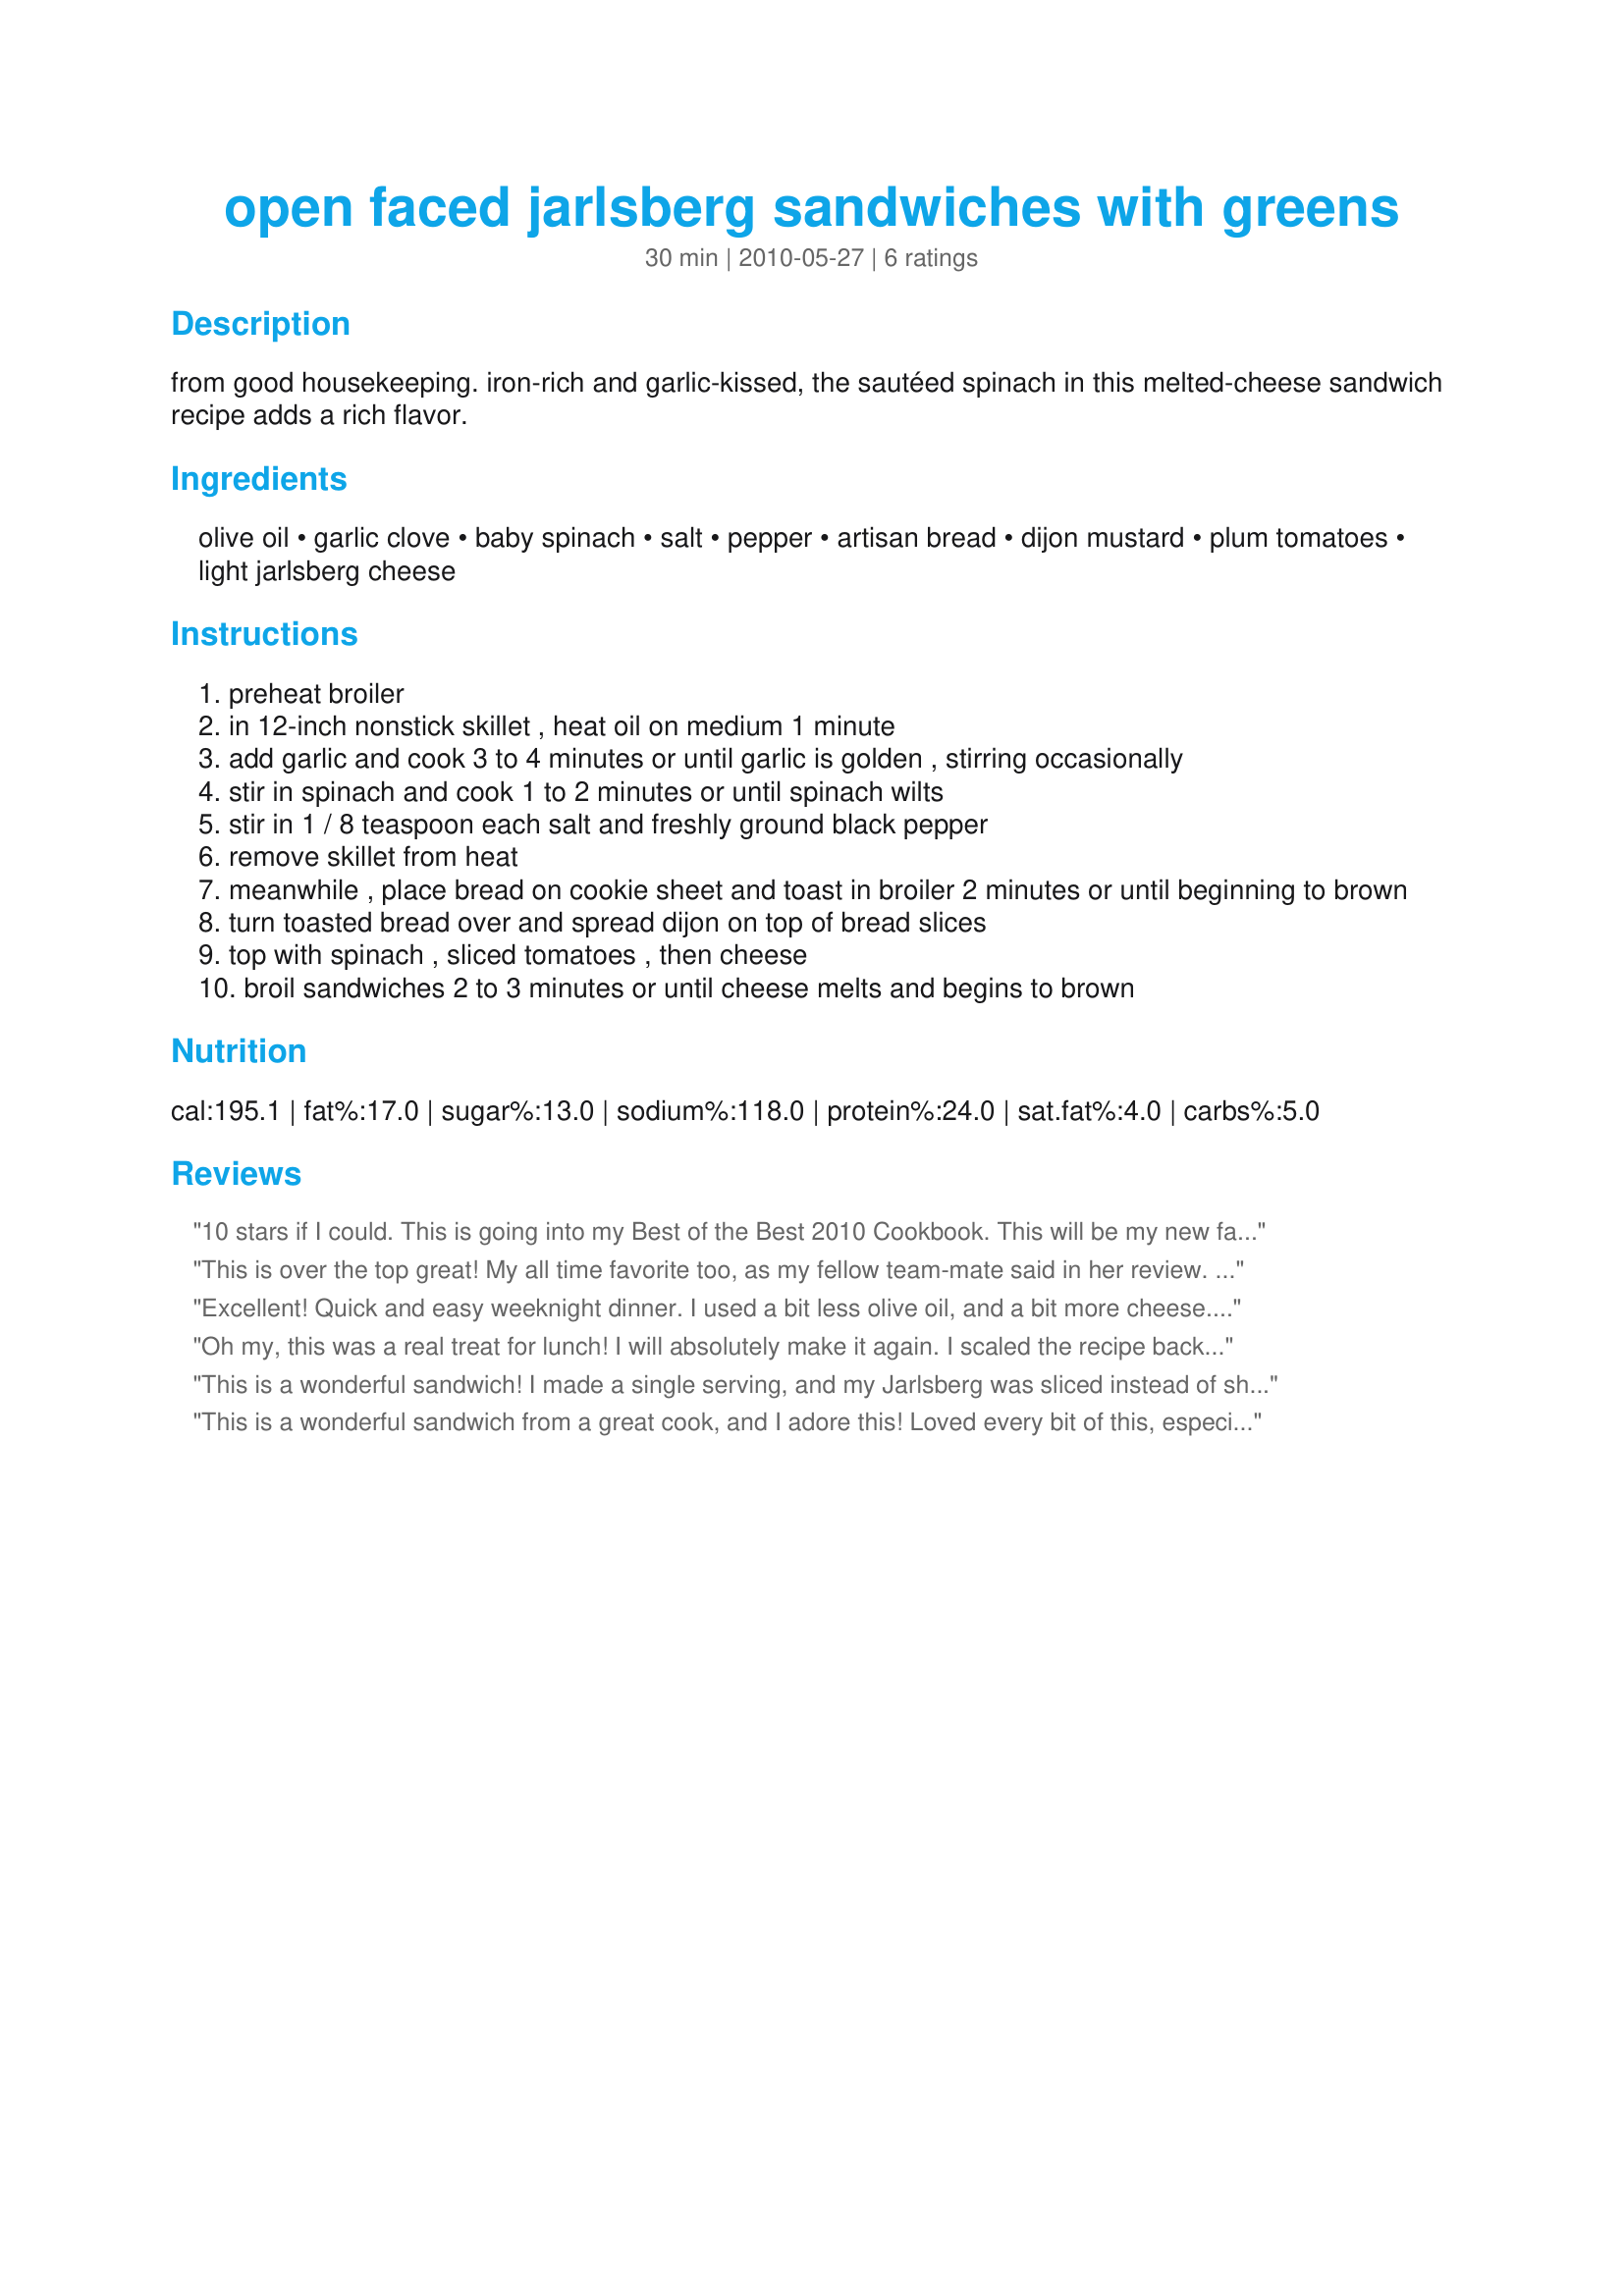
open faced jarlsberg sandwiches with greens
Preparation time: 30 minutes

from good housekeeping. iron-rich and garlic-kissed, the sautéed spinach in this melted-cheese sandwich recipe adds a rich flavor.

Ingredients:
olive oil, garlic clove, baby spinach, salt, pepper, artisan bread, dijon mustard, plum tomatoes, light jarlsberg cheese

Steps:
preheat broiler
in 12-inch nonstick skillet , heat oil on medium 1 minute
add garlic and cook 3 to 4 minutes or until garlic is golden , stirring occasionally
stir in spinach and cook 1 to 2 minutes or until spinach wilts
stir in 1 / 8 teaspoon each salt and freshly ground black pepper
remove skillet from heat
meanwhile , place bread on cookie sheet and toast in broiler 2 minutes or until beginning to brown
turn toasted bread over and spread dijon on top of bread slices
top with spinach , sliced tomatoes , then cheese
broil sandwiches 2 to 3 minutes or until cheese melts and begins to brown

Reviews:
10 stars if I could. This is going into my Best of the Best 2010 Cookbook. This will be my new favorite sandwich for lunches. The flavor combinations are out of this world. It's such an easy recipe, too! I wouldn't change a thing. Perfection! I want another!! P.S. I couldn't get the shredded version of that cheese, so just asked for a few slices at the deli counter. ~Made for ZWT6 Zee Zany Zesty Cookz~
This is over the top great! My all time favorite too, as my fellow team-mate said in her review. I wouldn't change one thing, and we must of both eaten this virtually at the same time! I also had sliced Jarlesburg from the deli, and boy it's good!! Made for ZWT #6, Zee Zany Zesty Cookz June 2010
Excellent! Quick and easy weeknight dinner. I used a bit less olive oil, and a bit more cheese. Will make again. Going into my quick and easy cookbook.
Oh my, this was a real treat for lunch! I will absolutely make it again. I scaled the recipe back to serve one, so I just used some cooking spray and a few shakes of garlic powder. Much to my surprise, 2 y/o DS had sandwich envy and ate most of mine LOL. The mustard really makes this, so don't skip it! Also, I did not have shredded Jarlsberg so I just sliced it thin from a wedge and it worked just fine! Thanks for posting! Made for ZWT 6, Mischief Makers.
This is a wonderful sandwich! I made a single serving, and my Jarlsberg was sliced instead of shredded. I loved the Dijon on this; I think mushrooms would be a great addition as well. I used a hearty 9-grain bread and thought this was just terrific - thanks for sharing a keeper! Made for the Best of 2010 Event (recommended by LifeIsGood)
This is a wonderful sandwich from a great cook, and I adore this! Loved every bit of this, especially the spinach and Jarlesburg cheese! YUM! Made a beautiful presentation, and all the components are amazing!! Made for ZWT #6, Zee Zany Zesties June 2010
